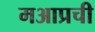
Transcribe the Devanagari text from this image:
मआप्रची